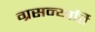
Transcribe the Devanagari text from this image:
ग्रसन्यार्ति